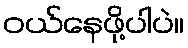
ဝယ်နေဖို့ပါပဲ။